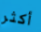
أكثر